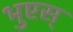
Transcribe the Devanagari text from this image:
भुएस्‌